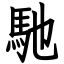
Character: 馳